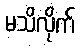
မသိလိုက်